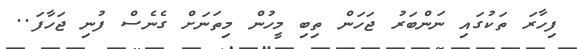
ފިހާރަ ތަކުގައި ނަންބަރު ޖަހަން ތިބި މީހުން މިތަނަށް ގެނެސް ފުނި ޖަހާފަ..